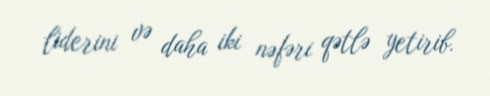
liderini və daha iki nəfəri qətlə yetirib.